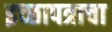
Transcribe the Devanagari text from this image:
इच्छापत्राचा